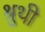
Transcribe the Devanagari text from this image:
श्रुथी